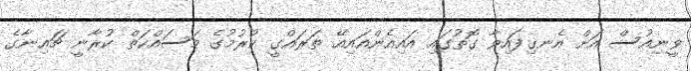
ވީނިއުސް އަށް އެނގިފައިވާ ގޮތުގައި އައިއެންއައިއޭ ތަރައްގީ ކުރުމުގެ މަސައްކަތް ކުރާނީ ޗައިނާގެ